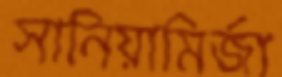
সানিয়ামির্জা